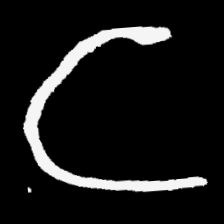
Pyu character \u2014 Myanmar letter: င (romanized: nga)